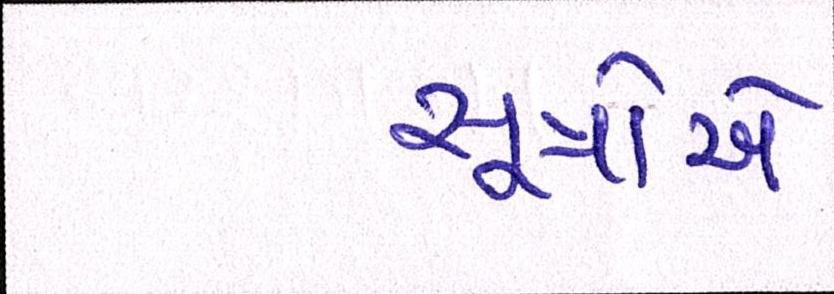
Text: સૂત્રોએ